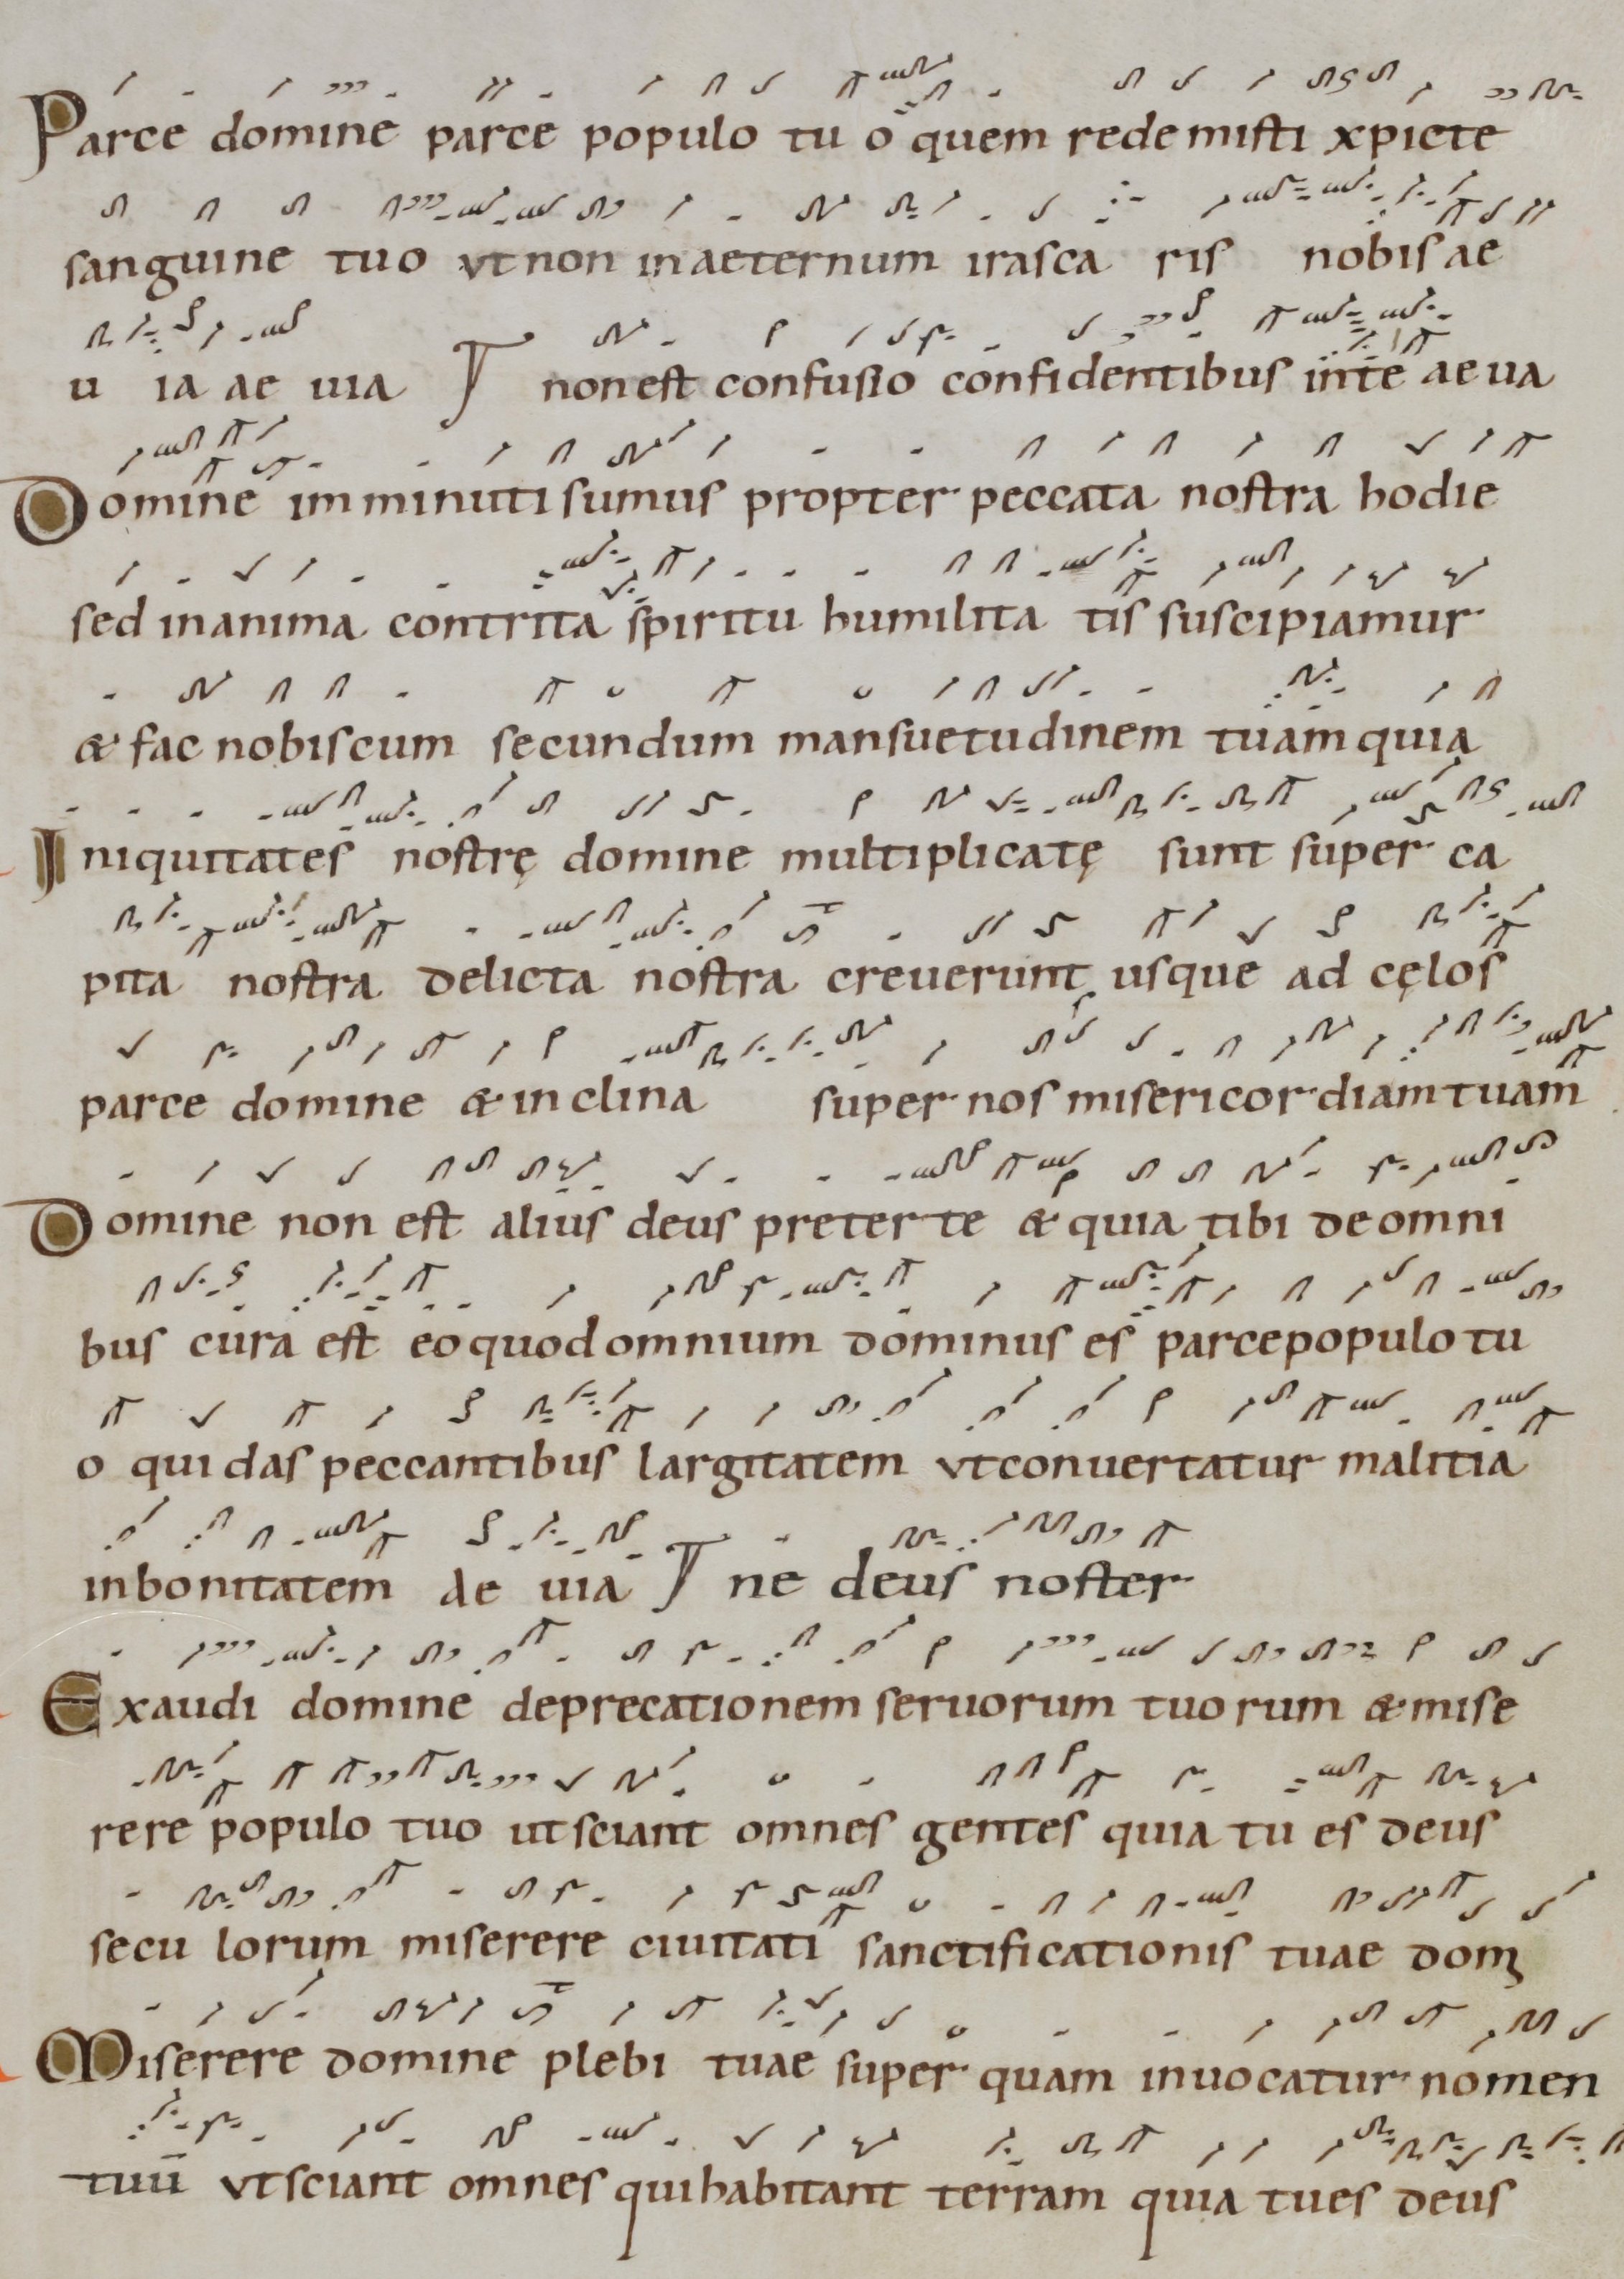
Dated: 1000–1099